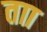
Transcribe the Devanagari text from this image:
ताा